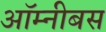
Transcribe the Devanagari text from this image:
ऑम्नीबस